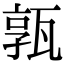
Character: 𤭞